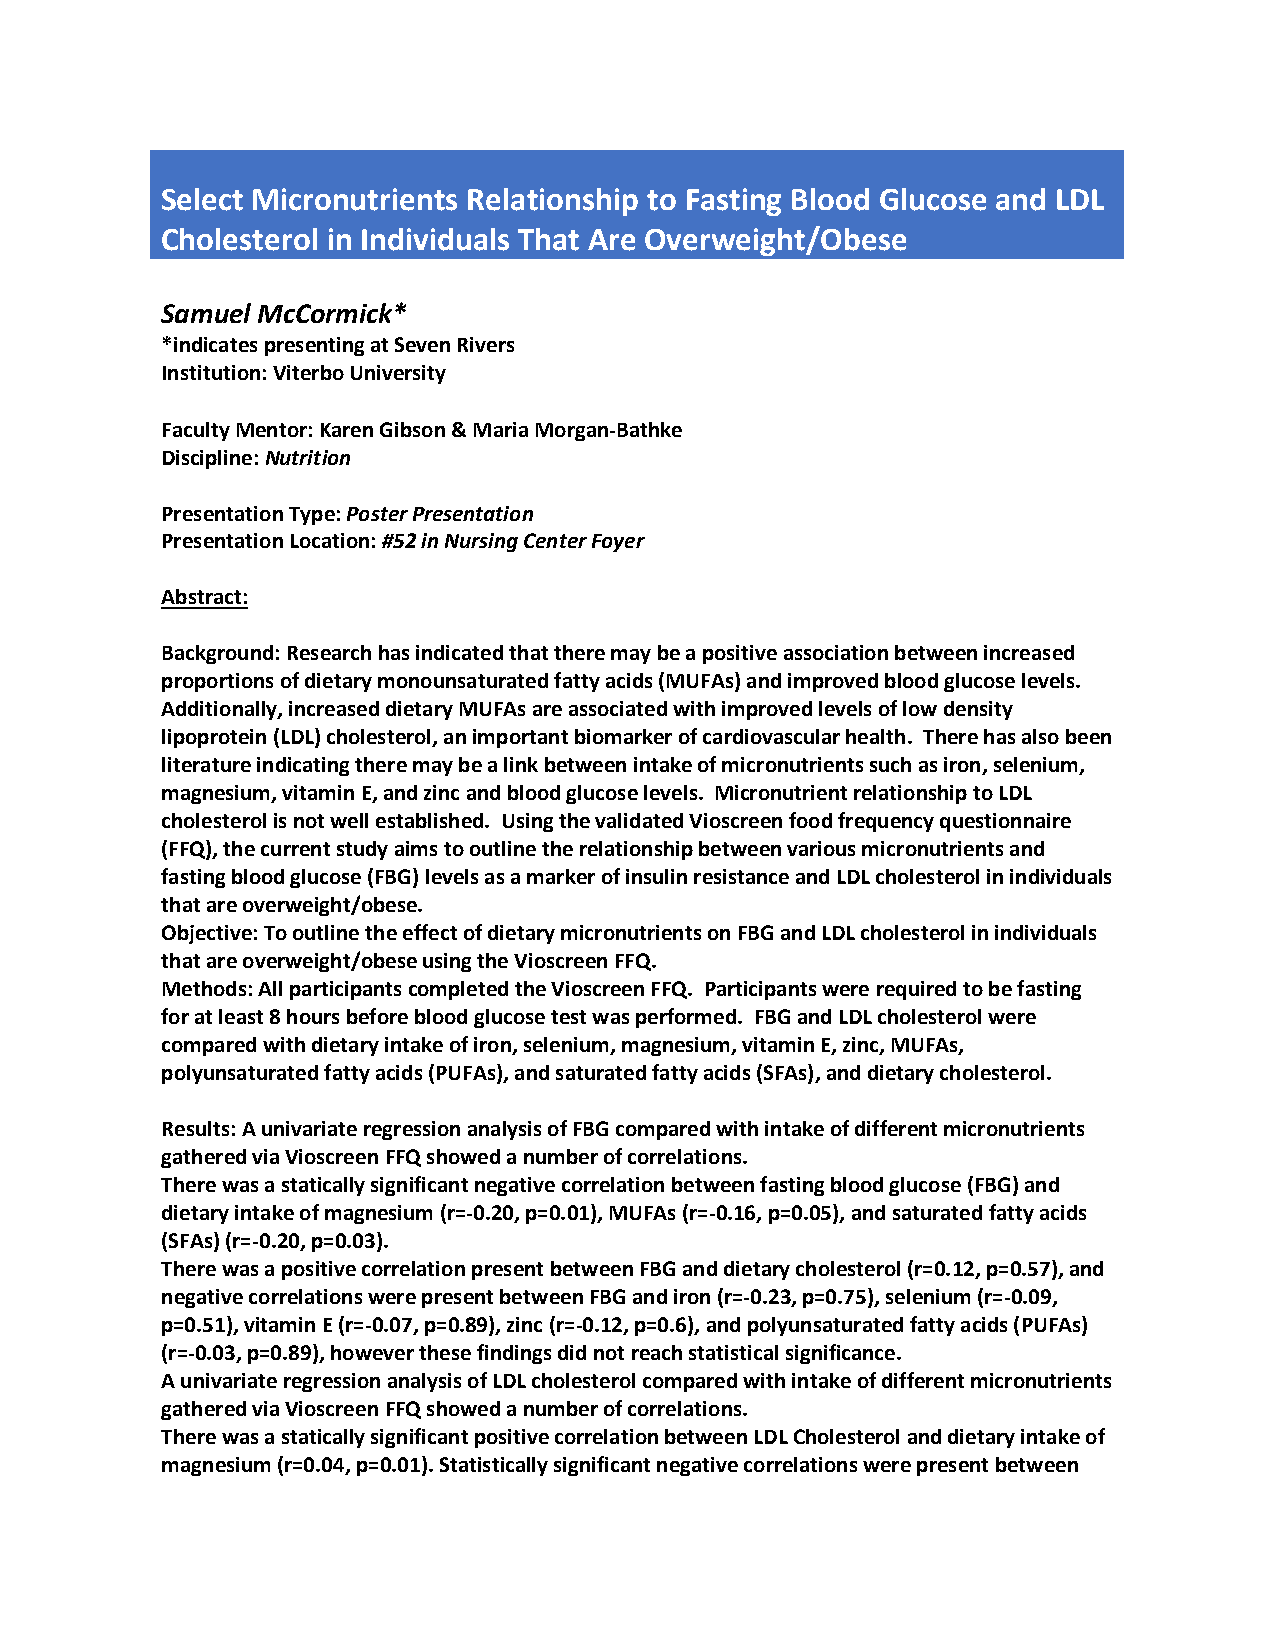
Select Micronutrients Relationship to Fasting Blood Glucose and LDL
 Cholesterol in Individuals That Are Overweight/Obese
 Samuel McCormick*
 *indicates presenting at Seven Rivers
 Institution: Viterbo University
 Faculty Mentor: Karen Gibson & Maria Morgan-Bathke
 Discipline: Nutrition
 Presentation Type: Poster Presentation
 Presentation Location: #52 in Nursing Center Foyer
 Abstract:
 Background: Research has indicated that there may be a positive association between increased
 proportions of dietary monounsaturated fatty acids (MUFAs) and improved blood glucose levels.
 Additionally, increased dietary MUFAs are associated with improved levels of low density
 lipoprotein (LDL) cholesterol, an important biomarker of cardiovascular health. There has also been
 literature indicating there may be a link between intake of micronutrients such as iron, selenium,
 magnesium, vitamin E, and zinc and blood glucose levels. Micronutrient relationship to LDL
 cholesterol is not well established. Using the validated Vioscreen food frequency questionnaire
 (FFQ), the current study aims to outline the relationship between various micronutrients and
 fasting blood glucose (FBG) levels as a marker of insulin resistance and LDL cholesterol in individuals
 that are overweight/obese.
 Objective: To outline the effect of dietary micronutrients on FBG and LDL cholesterol in individuals
 that are overweight/obese using the Vioscreen FFQ.
 Methods: All participants completed the Vioscreen FFQ. Participants were required to be fasting
 for at least 8 hours before blood glucose test was performed. FBG and LDL cholesterol were
 compared with dietary intake of iron, selenium, magnesium, vitamin E, zinc, MUFAs,
 polyunsaturated fatty acids (PUFAs), and saturated fatty acids (SFAs), and dietary cholesterol.
 Results: A univariate regression analysis of FBG compared with intake of different micronutrients
 gathered via Vioscreen FFQ showed a number of correlations.
 There was a statically significant negative correlation between fasting blood glucose (FBG) and
 dietary intake of magnesium (r=-0.20, p=0.01), MUFAs (r=-0.16, p=0.05), and saturated fatty acids
 (SFAs) (r=-0.20, p=0.03).
 There was a positive correlation present between FBG and dietary cholesterol (r=0.12, p=0.57), and
 negative correlations were present between FBG and iron (r=-0.23, p=0.75), selenium (r=-0.09,
 p=0.51), vitamin E (r=-0.07, p=0.89), zinc (r=-0.12, p=0.6), and polyunsaturated fatty acids (PUFAs)
 (r=-0.03, p=0.89), however these findings did not reach statistical significance.
 A univariate regression analysis of LDL cholesterol compared with intake of different micronutrients
 gathered via Vioscreen FFQ showed a number of correlations.
 There was a statically significant positive correlation between LDL Cholesterol and dietary intake of
 magnesium (r=0.04, p=0.01). Statistically significant negative correlations were present between